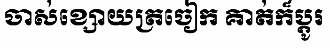
ចាស់ខ្សោយត្រចៀក គាត់ក៏ប្តូរ